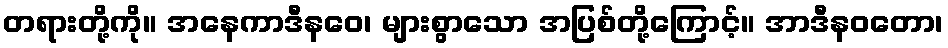
တရားတို့ကို။ အနေကာဒီနဝေ၊ များစွာသော အပြစ်တို့ကြောင့်။ အာဒီနဝတော၊